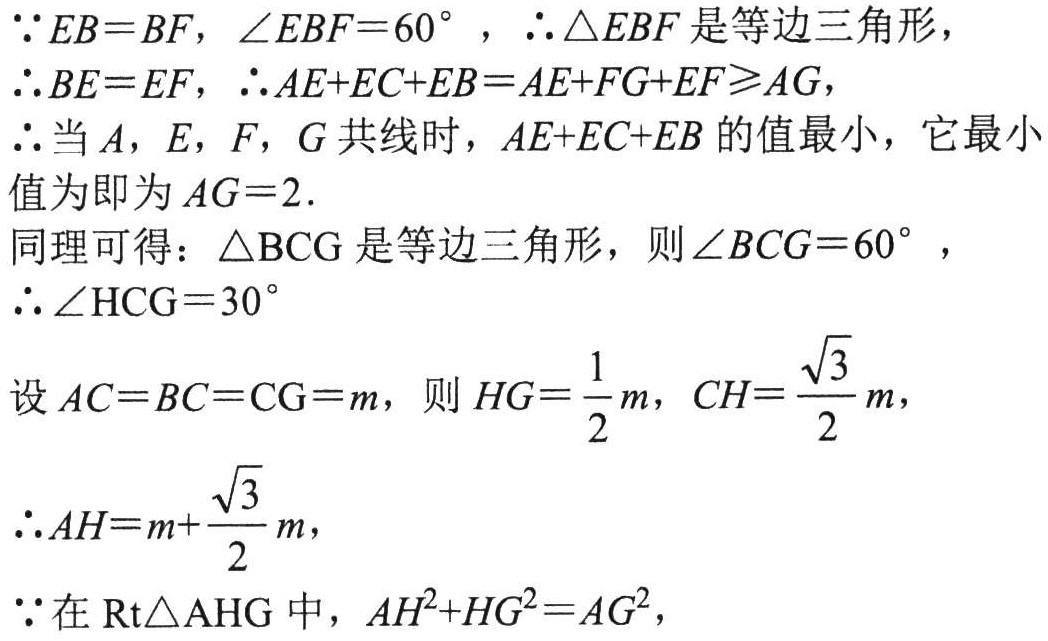
\(\because EB = BF, \angle EBF = 60^{\circ}, \therefore \triangle EBF\) 是等边三角形,
\(\therefore BE = EF, \therefore AE + EC + EB = AE + FG + EF\geqslant AG\),
\(\therefore\) 当 \(A, E, F, G\) 共线时，\(AE + EC + EB\) 的值最小，它最小
值为即为 \(AG = 2\).
同理可得：\(\triangle BCG\) 是等边三角形，则 \(\angle BCG = 60^{\circ}\),
\(\therefore \angle HCG = 30^{\circ}\)
设 \(AC = BC = CG = m\)，则 \(HG=\frac{1}{2}m, CH = \frac{\sqrt{3}}{2}m\),
\(\therefore AH = m+\frac{\sqrt{3}}{2}m\),
\(\because\) 在 \(\text{Rt}\triangle AHG\) 中，\(AH^{2}+HG^{2}=AG^{2}\),